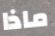
ماذا